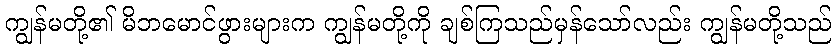
ကျွန်မတို့၏ မိဘမောင်ဖွားများက ကျွန်မတို့ကို ချစ်ကြသည်မှန်သော်လည်း ကျွန်မတို့သည်